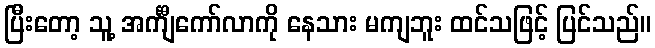
ပြီးတော့ သူ့ အင်္ကျီကော်လာကို နေသား မကျဘူး ထင်သဖြင့် ပြင်သည်။